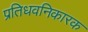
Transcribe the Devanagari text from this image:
प्रतिधवनिकारक